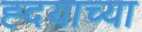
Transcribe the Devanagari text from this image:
ह्दयाच्या